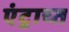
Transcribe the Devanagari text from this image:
एंट्राच्त